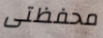
محفظتى